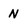
Character: N